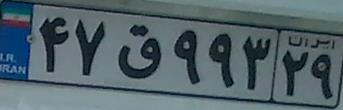
۴۷ق۹۹۳۲۹